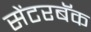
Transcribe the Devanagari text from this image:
सेंटरबॅक